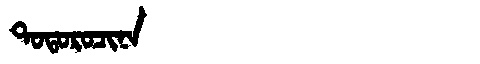
Manchu: ᡨᠣᡨᠣᡵᠣᠴᡳᠨᠠ
Romanization: TOTOROCINA